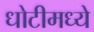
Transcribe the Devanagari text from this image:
धोटीमध्ये